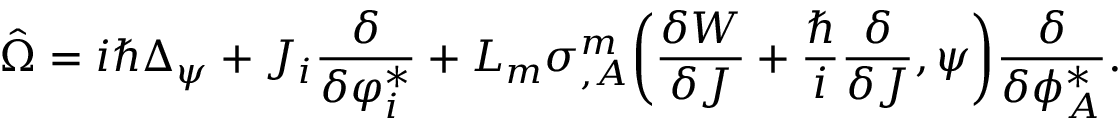
\hat { \Omega } = i \hbar \Delta _ { \psi } + { \cal J } _ { i } \frac { \delta } { \delta \varphi _ { i } ^ { * } } + L _ { m } \sigma _ { , A } ^ { m } \bigg ( \frac { \delta { \cal W } } { \delta { \cal J } } + \frac { \hbar } { i } \frac { \delta } { \delta { \cal J } } , \psi \bigg ) \frac { \delta } { \delta \phi _ { A } ^ { * } } .